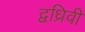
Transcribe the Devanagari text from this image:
द्वध्रिवी